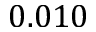
0 . 0 1 0